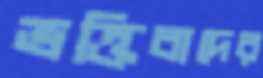
ভক্তিবাদের